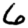
Digit: 6